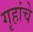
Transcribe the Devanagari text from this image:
गृहांचे